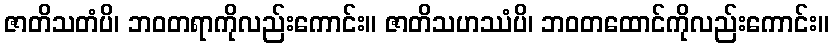
ဇာတိသတံပိ၊ ဘဝတရာကိုလည်းကောင်း။ ဇာတိသဟဿံပိ၊ ဘဝတထောင်ကိုလည်းကောင်း။